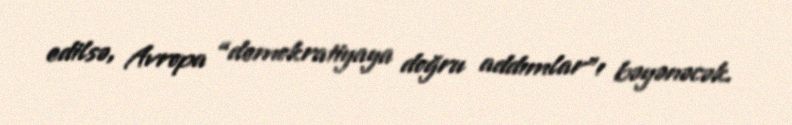
edilsə, Avropa “demokratiyaya doğru addımlar”ı bəyənəcək.